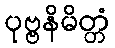
ပုဗ္ဗနိမိတ္တံ